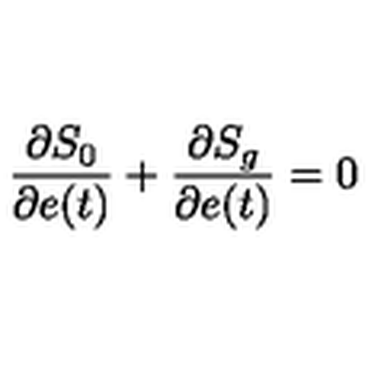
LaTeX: \frac { \partial S _ { 0 } } { \partial e ( t ) } + \frac { \partial S _ { g } } { \partial e ( t ) } = 0